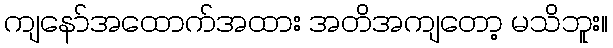
ကျနော်အထောက်အထား အတိအကျတော့ မသိဘူး။